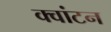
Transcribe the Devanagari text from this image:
क्वांटन